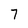
Character: 7